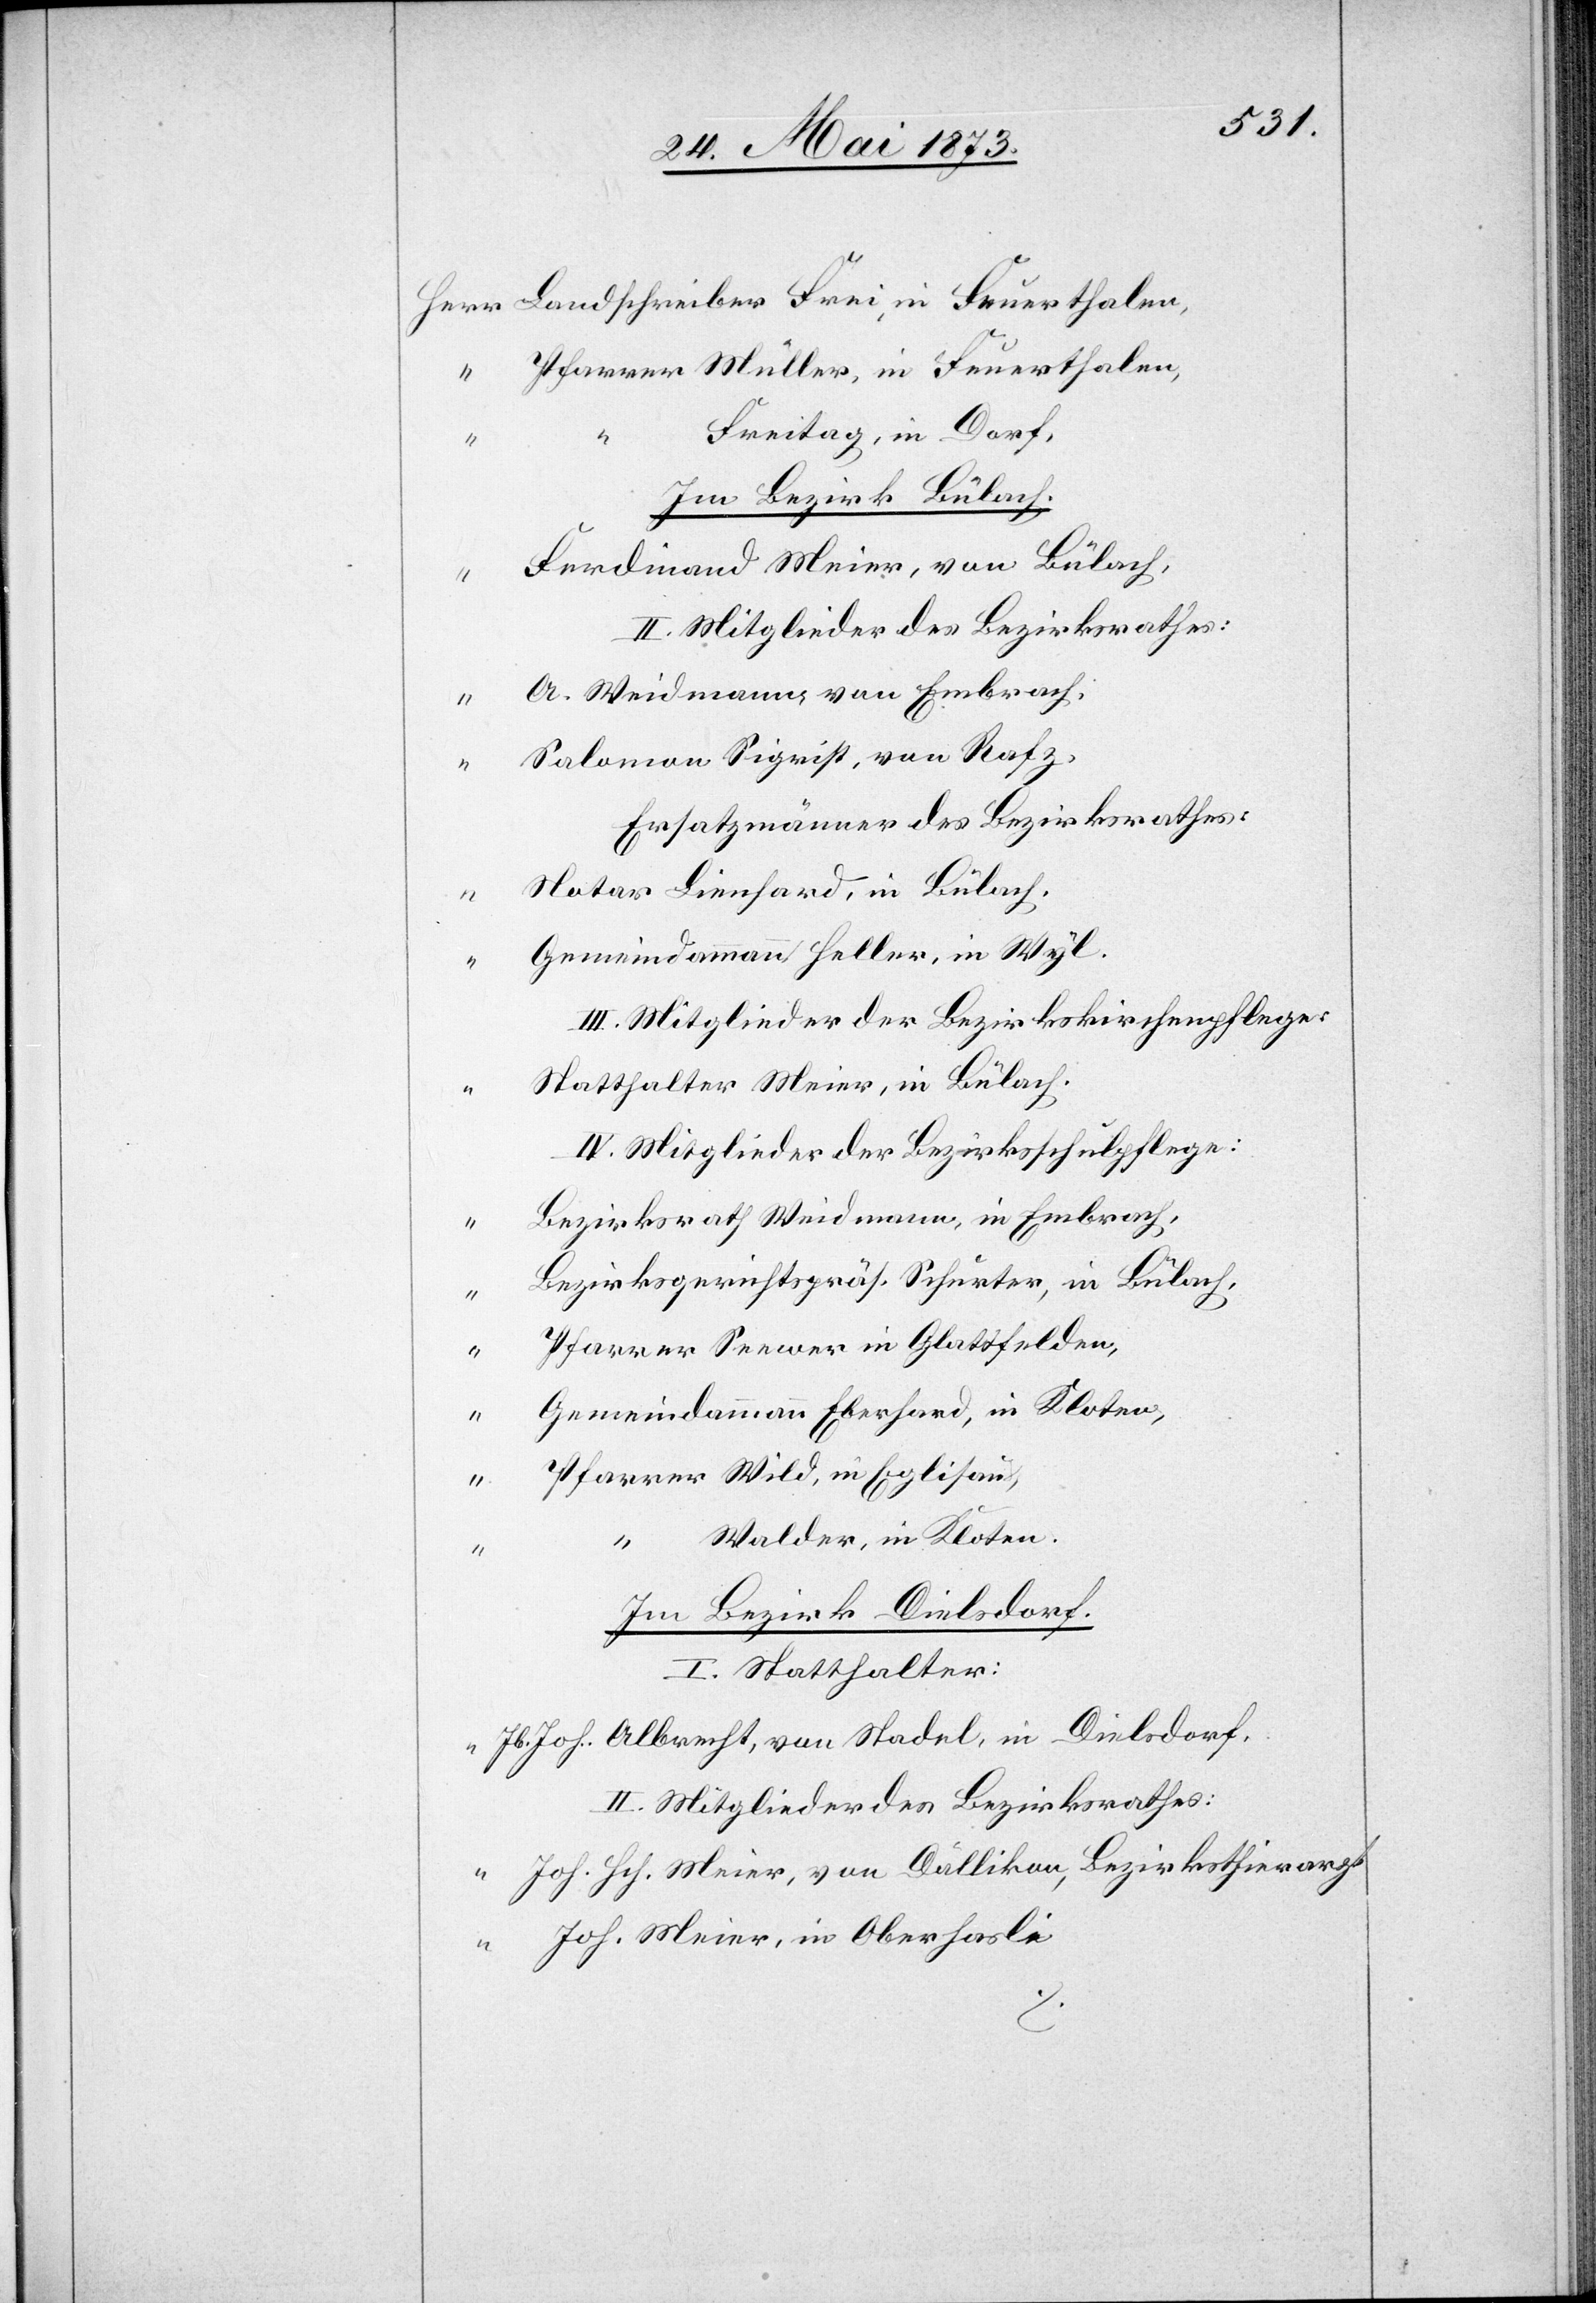
Pfarrer Müller, in Feuerthalen,
Freitag, in Dorf,
Im Bezirk Bülach.
Ferdinand Meier, von Bülach,
II. Mitglieder des Bezirksrathes:
A. Weidmann, von Embrach,
Salomon Sigrist, von Rafz,
Ersatzmänner des Bezirksrathes:
Notar Lienhard, in Bülach,
Gemeindammann Heller, in Wyl.
III. Mitglieder der Bezirkskirchenpflege:
Statthalter Meier, in Bülach.
Bezirksrath Weidmann, in Embrach,
Bezirksgerichtspräs. Schurter, in Bülach,
Pfarrer Seewer in Glattfelden,
Gemeindammann Eberhard, in Kloten,
Pfarrer Wild, in Eglisau,
Walder, in Kloten.
Im Bezirk Dielsdorf.
I. Statthalter:
Jb. Joh. Albrecht, von Stadel, in Dielsdorf.
II. Mitglieder des Bezirksrathes:
Joh. Hch. Meier, von Dällikon, Bezirksthierarzt
Joh. Meier, in Oberhasli